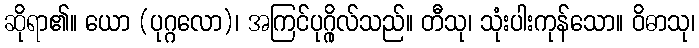
ဆိုရာ၏။ ယော (ပုဂ္ဂလော)၊ အကြင်ပုဂ္ဂိုလ်သည်။ တီသု၊ သုံးပါးကုန်သော။ ဝိဓာသု၊